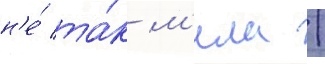
н'е́ та́к м'ила /